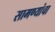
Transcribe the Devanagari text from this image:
सामण्यांचा